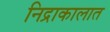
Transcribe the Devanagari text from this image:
निद्राकालात